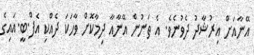
އޭނާއަށް އިރުޝާދު ދެވުނެވެ. އެ ތަނުން އޭނާއާ ދިމާކޮށް ވާހަކަ ދެއްކި އެފް.ބީ.އައިގެ